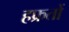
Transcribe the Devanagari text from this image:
हफ्रतों